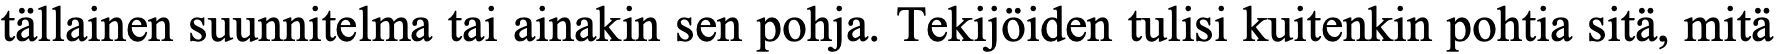
tällainen suunnitelma tai ainakin sen pohja. Tekijöiden tulisi kuitenkin pohtia sitä, mitä